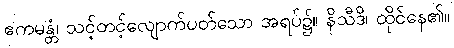
ဧကမန္တံ၊ သင့်တင့်လျောက်ပတ်သော အရပ်၌။ နိသီဒိ၊ ထိုင်နေ၏။